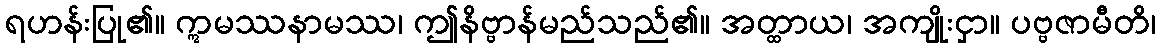
ရဟန်းပြု၏။ ဣမဿနာမဿ၊ ဤနိဗ္ဗာန်မည်သည်၏။ အတ္ထာယ၊ အကျိုးငှာ။ ပဗ္ဗဇာမီတိ၊